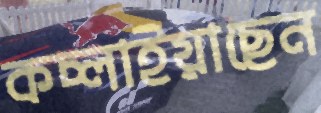
কচ্‌লাইয়াছেন